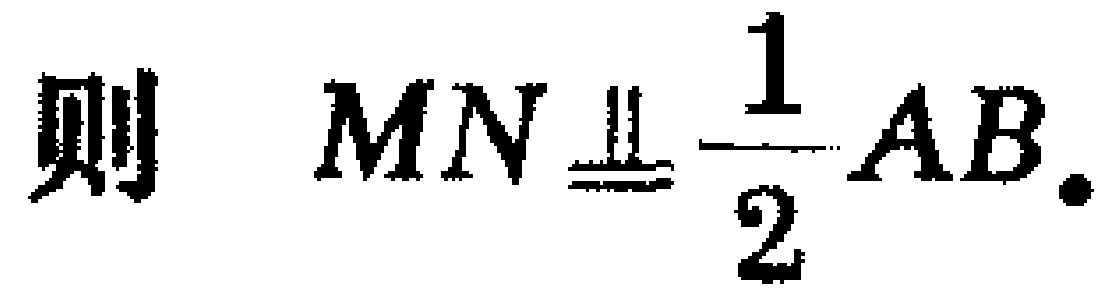
则 \(MN\equalparallel\frac{1}{2}AB\).